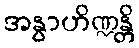
အနွာဟိဏ္ဍန္တိ